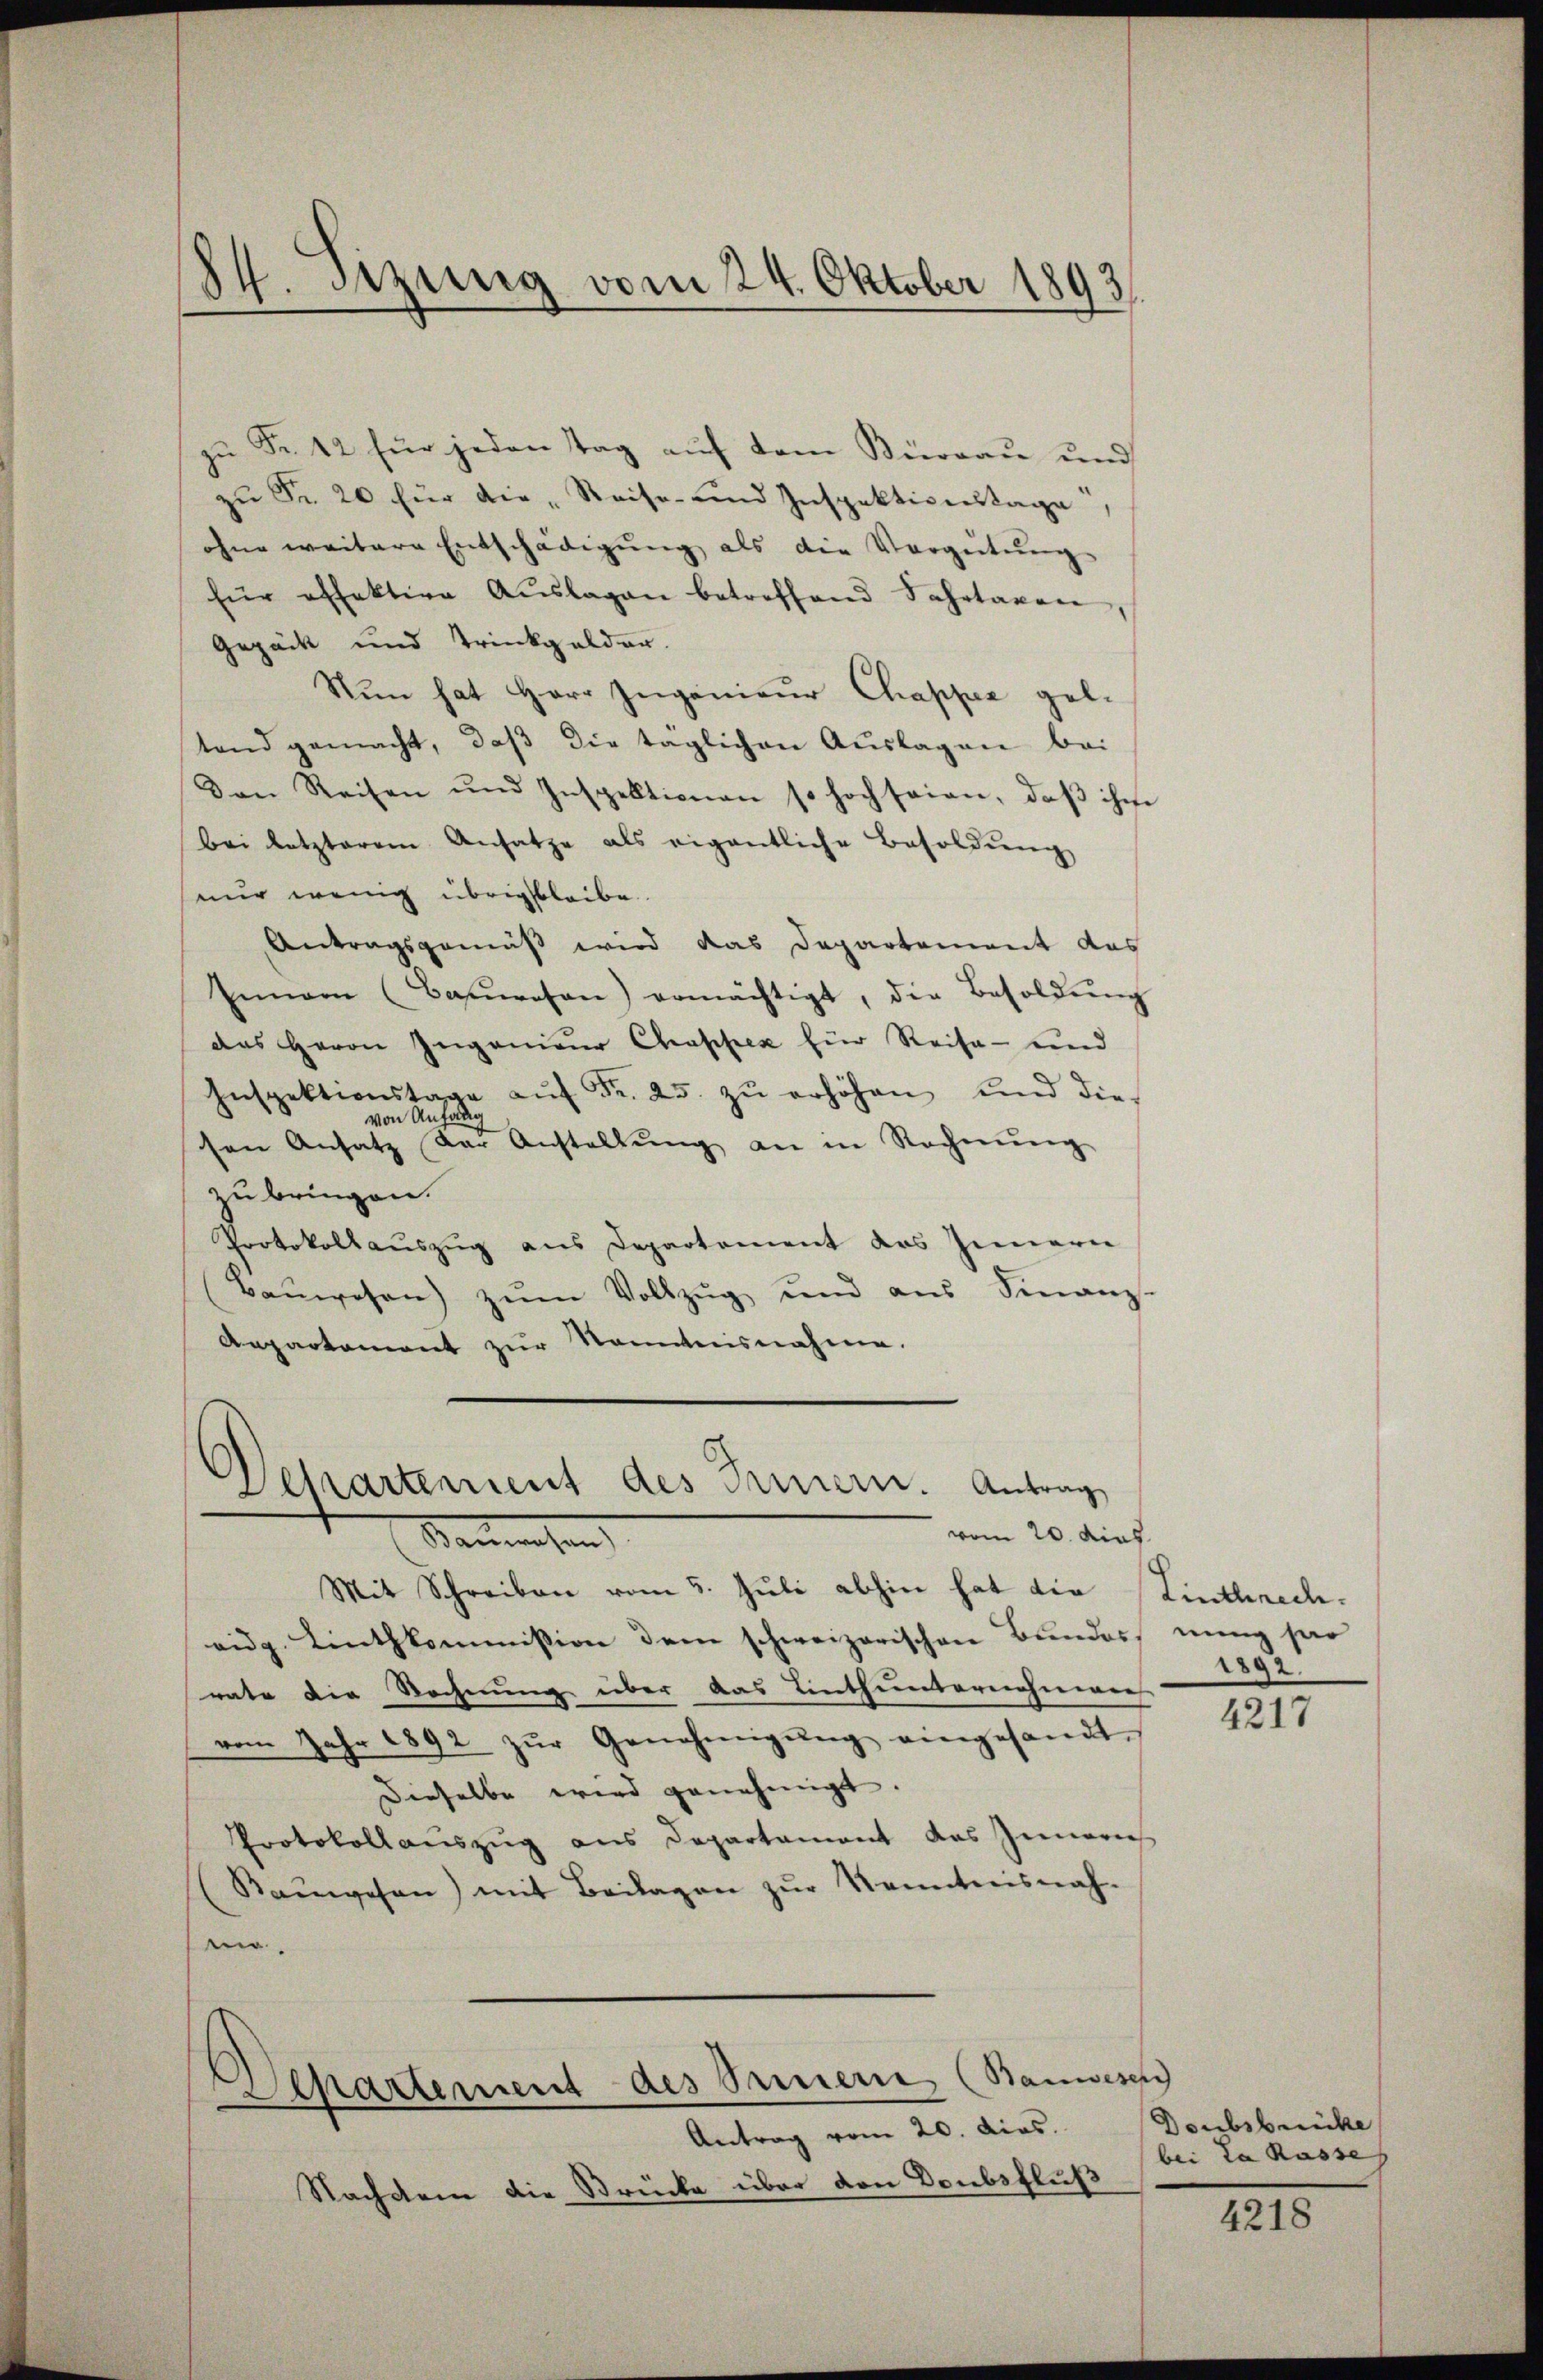
87. Sitzung vom 24. Oktober 1893.

zu Fr. 12 für jeden Tag auf dem Beisau und
zŭ Fr. 20 für die „Reise- und Inspektionstage,
ohne weitere Entschädigŭng als die Vergütŭng
für offektive Aŭslagen betreffend Fahrtaxen
Gepäck und Trinkgelder.
Nun hat Herr Ingenieŭr Chapper gel-
tend gemacht, daβ die taglichen Aŭslagen bei
Den Reisen und Inspektionen so hoch seien, daβ ihm
bei letzterem Ansatze als eigentliche Besoldŭng
nur wenig übrig bleibe
Antragsgemäß wird das Departement das
Innern (Bauwesen) ermächtigt, die Besoldŭng
das Herrn Ingenieŭr Chappen für Reise- und
Inspektionstage aŭf Fr. 25. zŭ erhöhen, und die
sen Ansatz der Anstallŭng an in Rechnŭng
zu bringen.
Protokollauszug aus Departement das Innern
Baŭwesen zŭm Vollzŭg und aus Finanz-
Anpartament zŭr Kenntnisnahme.

Vehartement des Innern. Antrag
vom 20. dies
Sauwesen

Mit Schreiben vom 5. Juli abhin hat die Linthrech-
eidg. Linthkommission dem schweizerischen Bundes nung har
rate die Rechnung über das Einthunternehmenen
vom Jahr 1892 zŭr Genehmigŭng eingesandt.
Dieselbe wird genehmigt.
Protokollauszug aus Departament das Innern
(Raŭwesen) mit Beilagen zŭr Kenntnisnah-
m.

Nachdem die Strücke über von Doubsfluß

Departement des Sauern, (Banwesen
Antrag vom 20. dies.

1892.

4217

Deubsbrücke
bei da Kasse

4218